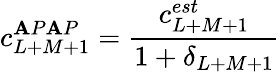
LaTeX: c_{L+M+1}^{\mathbf{A}P\mathbf{A}P}={\frac{{c_{L+M+1}^{est}}}{{1+\delta_{L+M+1}}}}